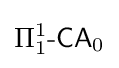
\Pi _{1}^{1}{\mbox{-}}{\mathsf {CA}}_{0}